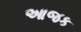
આજક